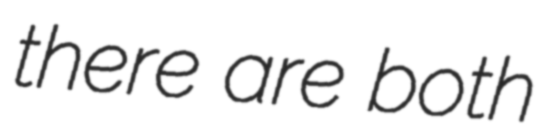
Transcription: there are both